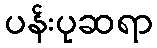
ပန်းပုဆရာ